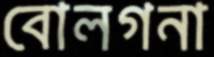
বোলগনা